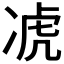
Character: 𪞣